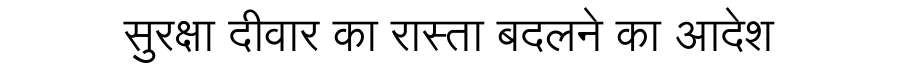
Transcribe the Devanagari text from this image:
सुरक्षा दीवार का रास्ता बदलने का आदेश